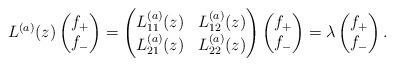
LaTeX: \begin{align*}L^{(a)}(z)\begin{pmatrix}f_+ \\f_-\end{pmatrix}=\begin{pmatrix} L^{(a)}_{11} (z) &L^{(a)}_{12} (z) \\ L^{(a)}_{21}(z) &L^{(a)}_{22} (z)\end{pmatrix}\begin{pmatrix}f_+ \\f_-\end{pmatrix}=\lambda \begin{pmatrix}f_+ \\f_-\end{pmatrix} . \end{align*}